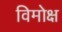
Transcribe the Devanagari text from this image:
विमोक्ष